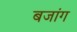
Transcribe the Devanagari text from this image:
बजांग